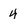
Character: 4